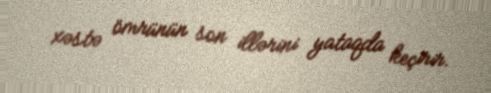
xəstə ömrünün son illərini yataqda keçirir.